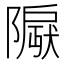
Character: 𬯛